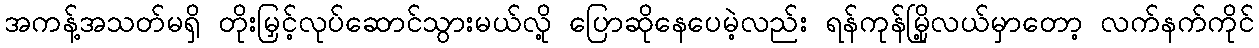
အကန့်အသတ်မရှိ တိုးမြှင့်လုပ်ဆောင်သွားမယ်လို့ ပြောဆိုနေပေမဲ့လည်း ရန်ကုန်မြို့လယ်မှာတော့ လက်နက်ကိုင်